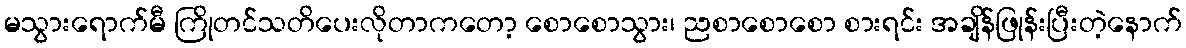
မသွားရောက်မီ ကြိုတင်သတိပေးလိုတာကတော့ စောစောသွား၊ ညစာစောစော စားရင်း အချိန်ဖြုန်းပြီးတဲ့နောက်